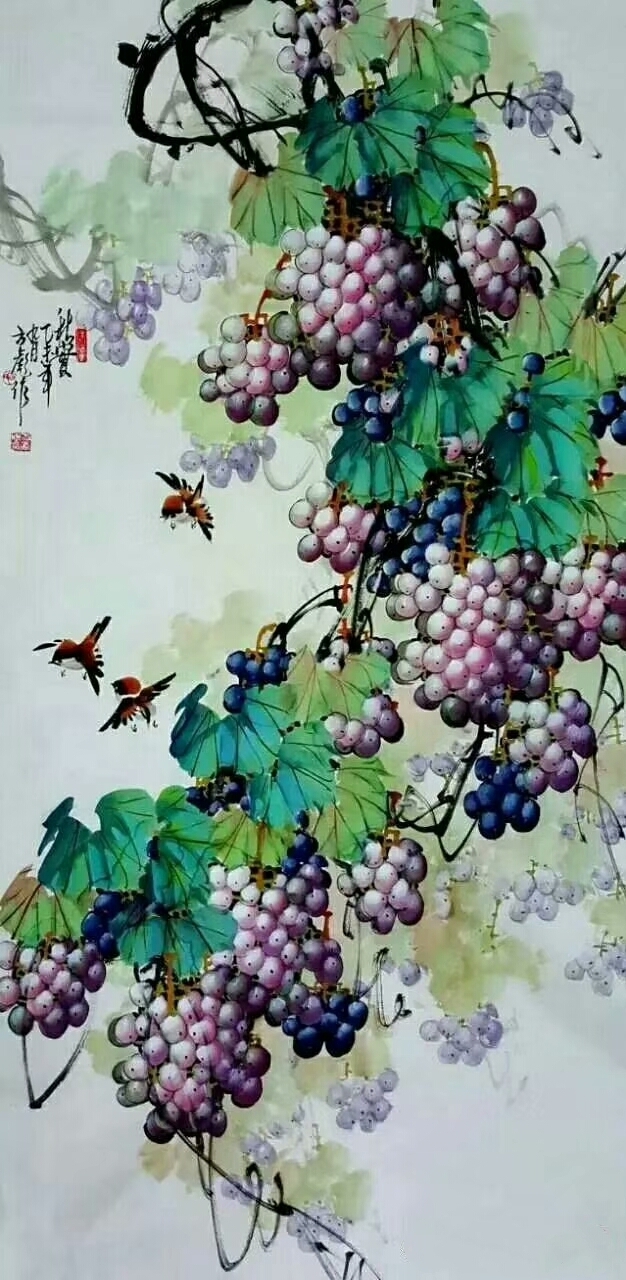
奉君金卮之美酒，玳瑁玉匣之雕琴。